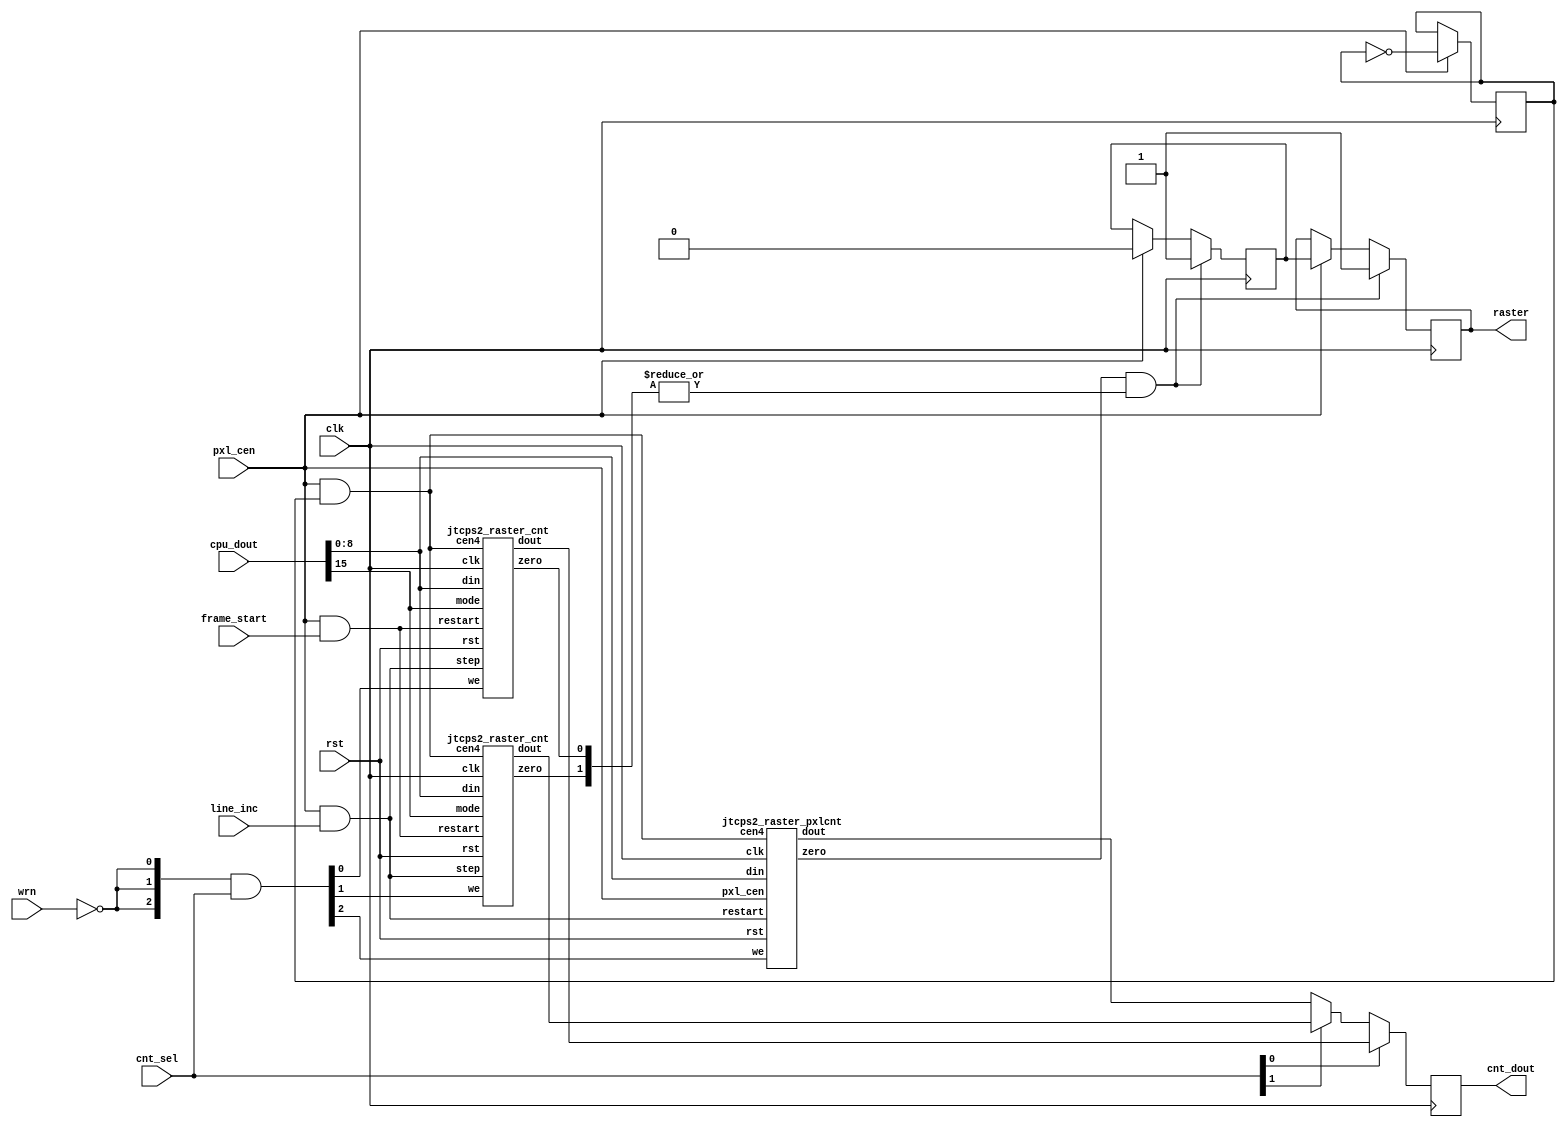
/*  This file is part of JTCORES1.
    JTCORES1 program is free software: you can redistribute it and/or modify
    it under the terms of the GNU General Public License as published by
    the Free Software Foundation, either version 3 of the License, or
    (at your option) any later version.

    JTCORES1 program is distributed in the hope that it will be useful,
    but WITHOUT ANY WARRANTY; without even the implied warranty of
    MERCHANTABILITY or FITNESS FOR A PARTICULAR PURPOSE.  See the
    GNU General Public License for more details.

    You should have received a copy of the GNU General Public License
    along with JTCORES1.  If not, see <http://www.gnu.org/licenses/>.

    Author: Jose Tejada Gomez. Twitter: @topapate
    Version: 1.0
    Date: 28-1-2021 */

// Two line counters plus one pixel counter

module jtcps2_raster(
    input              rst,
    input              clk,
    input              pxl_cen,

    input              frame_start,
    input              line_inc,

    // interface with CPU
    input       [ 2:0] cnt_sel,
    input              wrn,
    input       [15:0] cpu_dout,
    output reg  [ 8:0] cnt_dout,

    output reg         raster       // raster event
);

wire [8:0] dout0, dout1, dout2, din;
wire [2:0] we, zero;
wire       mode;
wire       step, restart;
reg        cnt4; // 4MHz
wire       cen4;
wire       set_irq = zero[2] & (|zero[1:0]);
reg        irqsh;

assign cen4  = pxl_cen & cnt4;
assign mode  = cpu_dout[15];    // 1 will update the count immediately,
                                // 0 updates it on the next frame
assign din   = cpu_dout[8:0];
assign we    = {3{~wrn}} & cnt_sel;

assign step    = pxl_cen && line_inc;
assign restart = pxl_cen && frame_start; // a line count of 0x106 won't
                // cause an interrupt. I think that is the correct behaviour

always @(posedge clk) begin
    cnt_dout <= cnt_sel[0] ? dout0 : (cnt_sel[1] ? dout1 : dout2);
    if( pxl_cen ) begin
        cnt4    <= ~cnt4;
    end
    // interrupt pulse lasts at least one pixel, so the CPU cupnowcan
    // catch it
    if( set_irq )
        { raster, irqsh } <= 2'b11;
    else if( pxl_cen ) begin
        { raster, irqsh } <= { irqsh, 1'b0 };
    end
end

initial begin
    cnt4 = 0;
end

jtcps2_raster_cnt u_cnt0(
    .rst    ( rst       ),
    .clk    ( clk       ),
    .cen4   ( cen4      ),

    .restart( restart   ),
    .step   ( step      ),

    .we     ( we[0]     ),
    .mode   ( mode      ),
    .din    ( din       ),
    .dout   ( dout0     ),

    .zero   ( zero[0]   )
);

jtcps2_raster_cnt u_cnt1(
    .rst    ( rst       ),
    .clk    ( clk       ),
    .cen4   ( cen4      ),

    .restart( restart   ),
    .step   ( step      ),

    .we     ( we[1]     ),
    .mode   ( mode      ),
    .din    ( din       ),
    .dout   ( dout1     ),

    .zero   ( zero[1]   )
);

// Pixel counter
jtcps2_raster_pxlcnt u_cnt2(
    .rst    ( rst       ),
    .clk    ( clk       ),
    .pxl_cen( pxl_cen   ),
    .cen4   ( cen4      ),

    .restart( step      ), // Line start

    .we     ( we[2]     ),
    .din    ( din       ),
    .dout   ( dout2     ),

    .zero   ( zero[2]   )
);
endmodule

module jtcps2_raster_cnt(
    input              rst,
    input              clk,
    input              cen4,

    input              restart,
    input              step,

    input              we,
    input              mode,
    input       [ 8:0] din,
    output reg  [ 8:0] dout,

    output reg         zero       // raster event
);

reg  [8:0] cnt_start, cnt;
reg        upnow;

always @(posedge clk, posedge rst) begin
    if( rst ) begin
        cnt       <= ~9'd0;
        cnt_start <= ~9'd0;
        dout      <= ~9'd0;
        upnow     <= 0;
        zero      <= 0;
    end else begin
        zero <= ~|cnt;
        if(cen4) dout <= cnt;
        if( we ) begin
            cnt_start <= din;
            upnow     <= mode ;
        end
        if( upnow&&we )
            cnt <= din;
        else if( step )
            cnt <= restart ? cnt_start : cnt-9'd1;
    end
end

endmodule

module jtcps2_raster_pxlcnt(
    input              rst,
    input              clk,
    input              pxl_cen,
    input              cen4,

    input              restart,

    input              we,
    input       [ 8:0] din,
    output      [ 8:0] dout,

    output reg         zero       // raster event
);

reg  [8:0] cnt_start;
reg  [7:0] cnt, preout;
reg        pulse4;
//wire       cen4b;

//assign cen4b = pxl_cen & ~cen4;
assign dout  = { preout, cnt_start[0] ^ ~pulse4 };

always @(posedge clk, posedge rst) begin
    if( rst ) begin
        cnt       <= ~8'd0;
        cnt_start <= ~9'd0;
        preout    <= ~8'd0;
        pulse4    <= 0;
    end else begin
        if( pxl_cen ) pulse4 <= cen4; // pulse4 must be deterministic
                                      // and independent of reset for dout[0]
                                      // to work as expected
        if( cen4 ) preout <= cnt;
        if( pxl_cen ) begin
            if( cen4^~cnt_start[0]) // This is an odd way of counting 9 bits
                zero <= ~|cnt;      // but it follows the original design
            else
                zero <= 0;
        end

        if( we ) begin
            cnt_start <= din;
        end
        if( restart )
            cnt <= cnt_start[8:1];
        else if( cen4 )
            cnt <= cnt-8'd1;
    end
end

endmodule